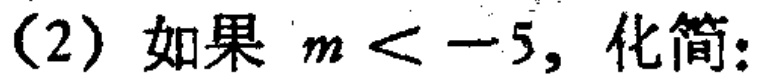
(2) 如果 \(m < -5\)，化简: